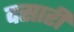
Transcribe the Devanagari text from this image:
वसारी